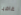
غاضبا